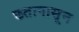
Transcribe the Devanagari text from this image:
छतापासून